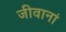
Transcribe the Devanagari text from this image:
जीवानां